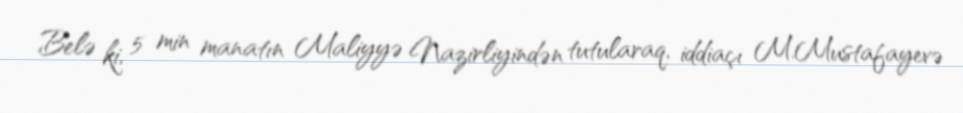
Belə ki, 5 min manatın Maliyyə Nazirliyindən tutularaq, iddiaçı M.Mustafayevə